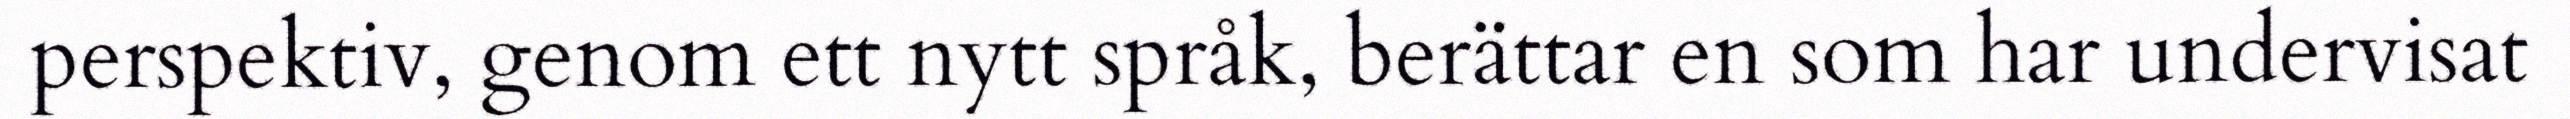
perspektiv, genom ett nytt språk, berättar en som har undervisat